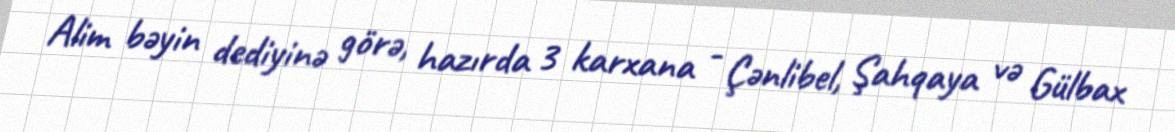
Alim bəyin dediyinə görə, hazırda 3 karxana - Çənlibel, Şahqaya və Gülbax